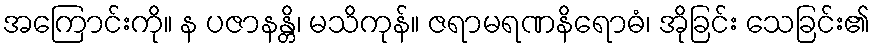
အကြောင်းကို။ န ပဇာနန္တိ၊ မသိကုန်။ ဇရာမရဏနိရောဓံ၊ အိုခြင်း သေခြင်း၏